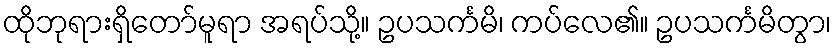
ထိုဘုရားရှိတော်မူရာ အရပ်သို့။ ဥပသင်္ကမိ၊ ကပ်လေ၏။ ဥပသင်္ကမိတွာ၊